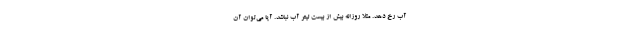
آب رخ دهد. مثلاً روزانه بیش از بیست لیتر آب نباشد. آیا می‌توان آن